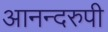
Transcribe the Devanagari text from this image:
आनन्दरुपी